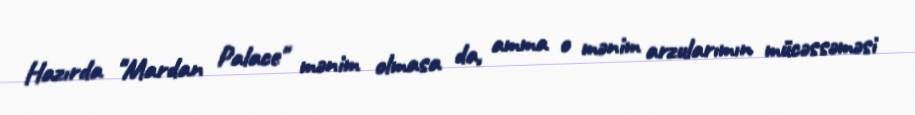
Hazırda "Mardan Palace" mənim olmasa da, amma o mənim arzularımın mücəssəməsi